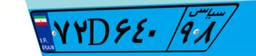
۷۲D۶۴۰۹۸